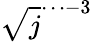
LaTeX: \sqrt{j}^{\cdots-3}